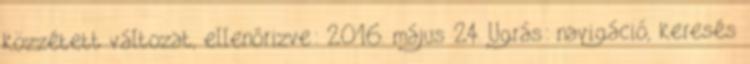
közzétett változat, ellenőrizve: 2016. május 24. Ugrás: navigáció, keresés